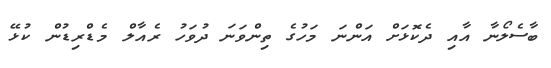
ބާސެލޯނާ އާއި ދެކޮޅަށް އަންނަ މަހުގެ ތިންވަނަ ދުވަހު ރެއާލް މެޑްރިޑުން ކުޅޭ